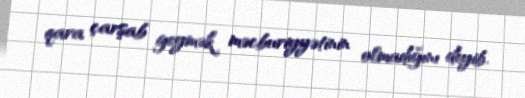
qara çarşab geymək məcburiyyətinin olmadığını deyib.